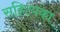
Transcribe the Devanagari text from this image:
सहित्यका